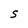
Character: 5